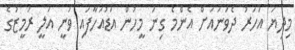
މިދިޔަ އަހަރު ދެވަނައަށް އެންމެ ގިނަ މީހުން އަޑުއަހާފައި ވަނީ އަލީ ރަމީޒުގެ